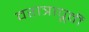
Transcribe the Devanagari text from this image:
वरात्रापूर्वी